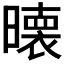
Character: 𭧵